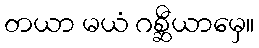
တယာ မယံ ဂစ္ဆီယာမှေ။